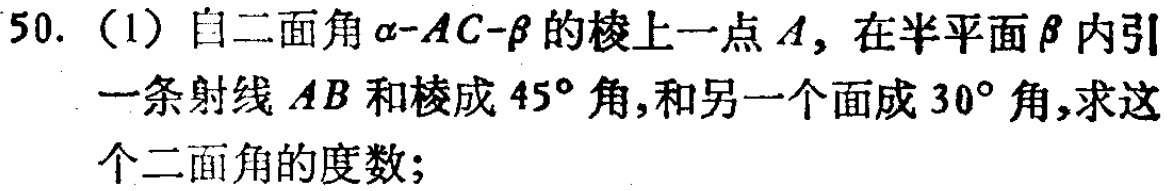
50. (1) 自二面角\(\alpha - AC - \beta\)的棱上一点\(A\)，在半平面\(\beta\)内引一条射线\(AB\)和棱成\(45^{\circ}\)角，和另一个面成\(30^{\circ}\)角，求这个二面角的度数；